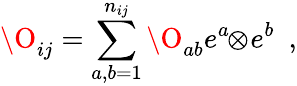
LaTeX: \O_{ij}=\sum_{a,b=1}^{n_{ij}}\O_{ab}e^{a}\! \! \otimes\! e^{b}\ \ ,